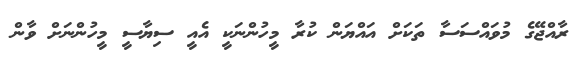
ރާއްޖޭގެ މުވައްސަސާ ތަކަށް އައްޔަން ކުރާ މީހުންނަކީ އެއީ ސިޔާސީ މީހުންނަށް ވާން